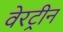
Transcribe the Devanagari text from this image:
वेरट्रीन